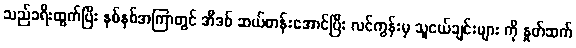
သည်ခရီးထွက်ပြီး နှစ်နှစ်အကြာတွင် အီဒစ် ဆယ်တန်းအောင်ပြီး လင်ကွန်းမှ သူငယ်ချင်းများ ကို နှုတ်ဆက်